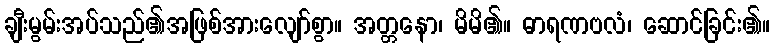
ချီးမွမ်းအပ်သည်၏အဖြစ်အားလျော်စွာ။ အတ္တနော၊ မိမိ၏။ ဓာရဏဗလံ၊ ဆောင်ခြင်း၏။